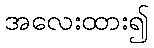
အလေးထား၍